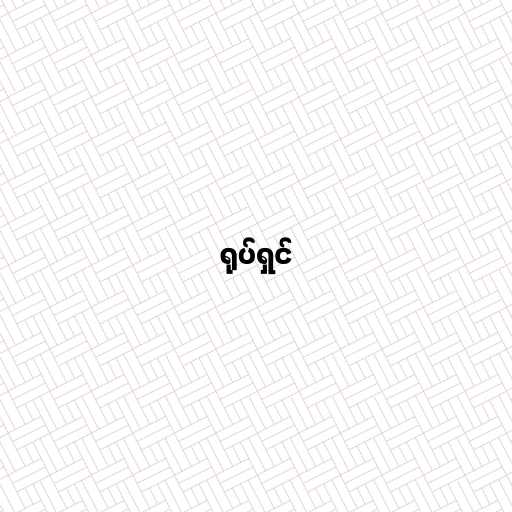
ရုပ်ရှင်